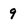
Character: 9